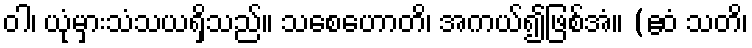
ဝါ၊ ယုံမှားသံသယရှိသည်။ သစေဟောတိ၊ အကယ်၍ဖြစ်အံ။ (ဧဝံ သတိ၊